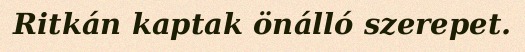
Ritkán kaptak önálló szerepet.